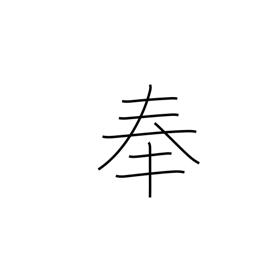
Meaning: observance